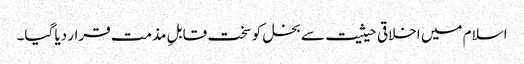
اسلام میں اخلاقی حیثیت سے بخل کو سخت قابلِ مذمت قرار دیا گیا۔